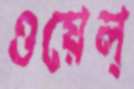
ওয়েল্